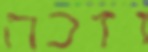
וזכה